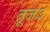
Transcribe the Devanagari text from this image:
तूजऽ